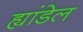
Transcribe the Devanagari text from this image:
ह्यांडेल